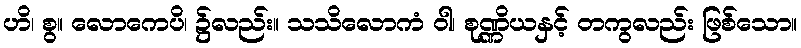
ဟိ၊ စွ။ လောကေပိ၊ ၌လည်း။ သသိလောကံ ဝါ၊ စုဏ္ဏိယနှင့် တကွလည်း ဖြစ်သော။